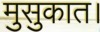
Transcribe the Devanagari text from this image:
मुसुकात।